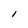
Character: l